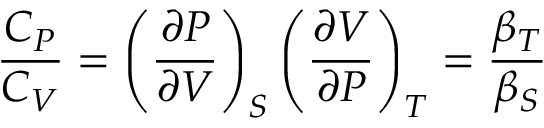
{ \frac { C _ { P } } { C _ { V } } } = \left( { \frac { \partial P } { \partial V } } \right) _ { S } \left( { \frac { \partial V } { \partial P } } \right) _ { T } = { \frac { \beta _ { T } } { \beta _ { S } } }